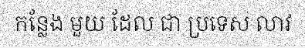
កន្លែង មួយ ដែល ជា ប្រទេស លាវ